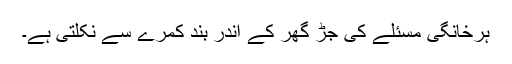
ہرخانگی مسئلے کی جڑ گھر کے اندر بند کمرے سے نکلتی ہے۔